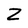
Character: Z